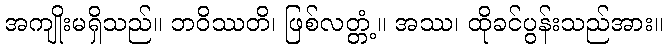
အကျိုးမရှိသည်။ ဘဝိဿတိ၊ ဖြစ်လတ္တံ့။ အဿ၊ ထိုခင်ပွန်းသည်အား။